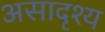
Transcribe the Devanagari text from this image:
असादृश्य